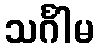
သင်္ဂါမ